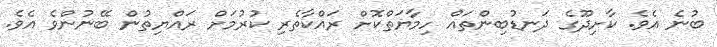
ބުނެ އެވެ. ކާށިދޫގެ ދަނޑުބިންތައް ހިމާޔަތްކޮށް ރައްކާތެރި ކުރުމަށް ރައްޔިތުން ބޭނުންވެ އެވެ.